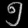
Digit: ၅